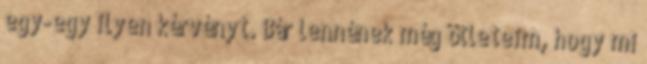
egy-egy ilyen kérvényt. Bár lennének még ötleteim, hogy mi